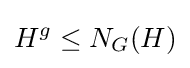
H^{g}\leq N_{G}(H)